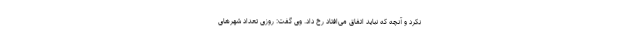
نکرد و آنچه که نباید اتفاق می‌افتاد رخ داد. وی گفت: روزی تعداد شهرهای